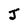
Character: J